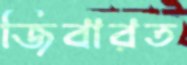
জিবারত